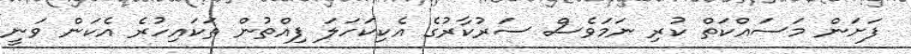
ފަށަން މަސައްކަތް ކުރި ނަމަވެސް ސަރުކާރުގެ އެކިކަހަލަ ފިއްތުން ތަކައިހުރެ އެކަން ވަނީ